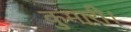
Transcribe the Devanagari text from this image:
कुमारी।